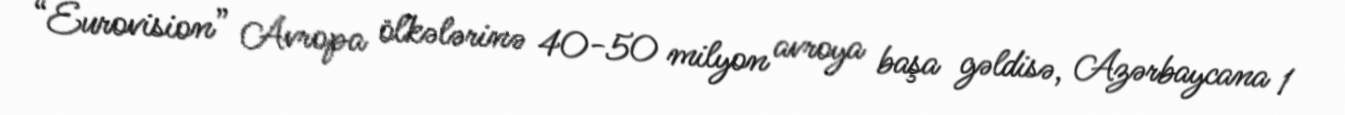
“Eurovision” Avropa ölkələrinə 40-50 milyon avroya başa gəldisə, Azərbaycana 1